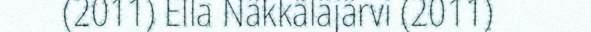
(2011) Ella Näkkäläjärvi (2011)